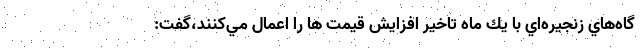
گاه‌هاي زنجيره‌اي با يك ماه تاخير افزايش قيمت ها را اعمال مي‌كنند،گفت: